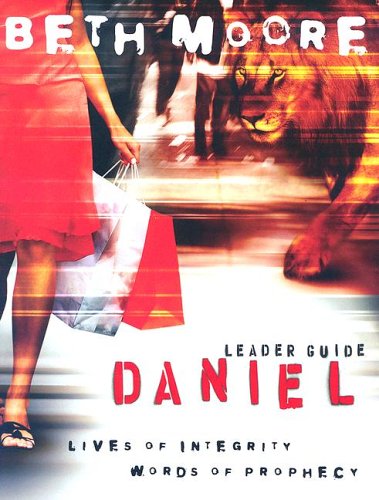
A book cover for Daniel Leader Guide: Lives of Integrity, Words of Prophecy; Beth Moore; Christian Books & Bibles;